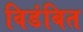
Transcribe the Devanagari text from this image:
विडंबित